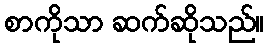
စာကိုသာ ဆက်ဆိုသည်။